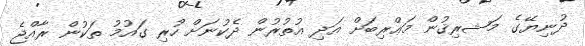
ދުނިޔޭގެ މަޝރިޤުން މަޢްރިބަށް އަދި އުތުރުން ދެކުނަށް ހުރި ގައުމު ތަކުން ރާއްޖެ